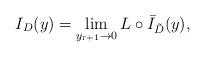
LaTeX: \begin{align*}I_{ D}( y)=\lim_{y_{\mathrm{r}+1}\rightarrow 0} L\circ \bar I_{\tilde D}(y),\end{align*}